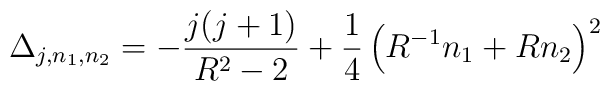
\Delta_{j,n_1,n_2}=-{j(j+1)\over R^2-2}+{1\over4}\left(R^{-1}n_1+R n_2\right)^2